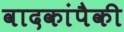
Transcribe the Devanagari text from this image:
वादकांपैकी